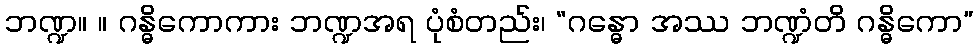
ဘဏ္ဍ။ ။ ဂန္ဓိကောကား ဘဏ္ဍအရ ပုံစံတည်း၊ “ဂန္ဓော အဿ ဘဏ္ဍံတိ ဂန္ဓိကော”